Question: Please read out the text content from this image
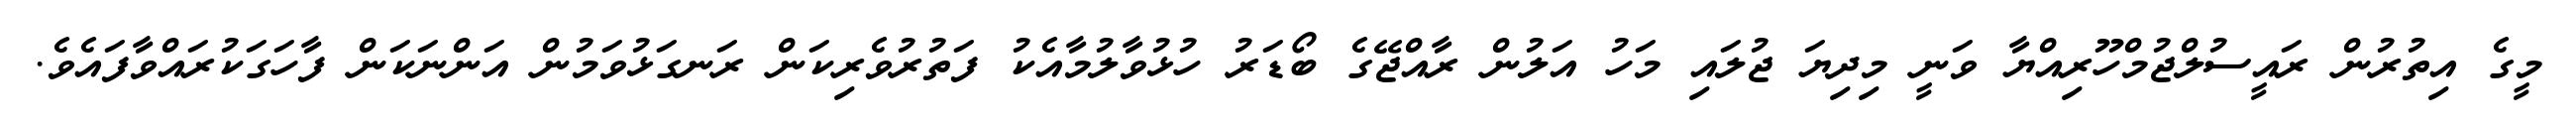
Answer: މީގެ އިތުރުން ރައީސުލްޖުމްހޫރިއްޔާ ވަނީ މިދިޔަ ޖުލައި މަހު އަލުން ރާއްޖޭގެ ބޯޑަރު ހުޅުވާލުމާއެކު ފަތުރުވެރިކަން ރަނގަޅުވަމުން އަންނަކަން ފާހަގަކުރައްވާފައެވެ.